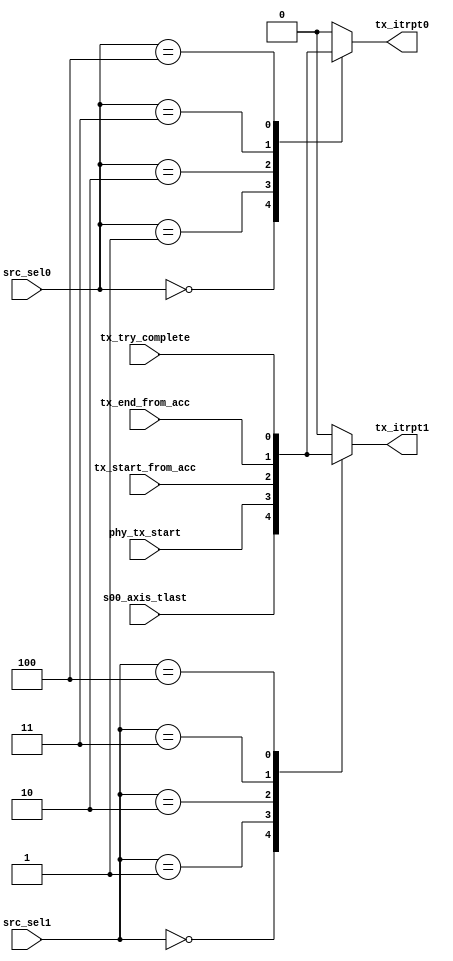
// Xianjun jiao. putaoshu@msn.com; xianjun.jiao@imec.be;

`timescale 1 ns / 1 ps

	module tx_interrupt_selection
	(
        // selection
        input wire [2:0] src_sel0,
        input wire [2:0] src_sel1,

        // src
        input wire s00_axis_tlast,
        input wire phy_tx_start,
        input wire tx_start_from_acc,
        input wire tx_end_from_acc,
        input wire tx_try_complete,

	    // to ps interrupt
	    output reg tx_itrpt0,
        output reg tx_itrpt1
	);

    always @( src_sel0, s00_axis_tlast,phy_tx_start, tx_start_from_acc, tx_end_from_acc,tx_try_complete)
    begin
       case (src_sel0)
          3'b000 : begin
                        tx_itrpt0 = s00_axis_tlast;
                   end
          3'b001 : begin
                        tx_itrpt0 = phy_tx_start;
                   end
          3'b010 : begin
                        tx_itrpt0 = tx_start_from_acc;
                   end
          3'b011 : begin
                        tx_itrpt0 = tx_end_from_acc;
                   end
          3'b100 : begin
                        tx_itrpt0 = tx_try_complete;
                   end
          default: begin
                        tx_itrpt0 = 0;
                   end
       endcase
    end

    always @( src_sel1, s00_axis_tlast,phy_tx_start, tx_start_from_acc, tx_end_from_acc,tx_try_complete)
    begin
       case (src_sel1)
          3'b000 : begin
                        tx_itrpt1 = s00_axis_tlast;
                   end
          3'b001 : begin
                        tx_itrpt1 = phy_tx_start;
                   end
          3'b010 : begin
                        tx_itrpt1 = tx_start_from_acc;
                   end
          3'b011 : begin
                        tx_itrpt1 = tx_end_from_acc;
                   end
          3'b100 : begin
                        tx_itrpt1 = tx_try_complete;
                   end
          default: begin
                        tx_itrpt1 = 0;
                   end
       endcase
    end

	endmodule